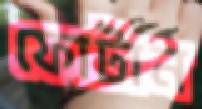
ফোটান